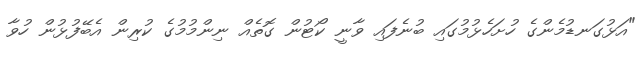
"އަޅުގަނޑުމެންގެ ހުށަހެޅުމުގައި ބުނެފައި ވާނީ ކޯޓުން ގޮތެއް ނިންމުމުގެ ކުރިން އެބޭފުޅުން ހުވާ